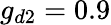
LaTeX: g_{d2}=0.9